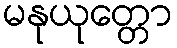
မနုယုတ္တော